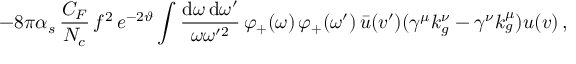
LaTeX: - 8 \pi \alpha _ { s } \, \frac { C _ { F } } { N _ { c } } \, f ^ { 2 } \, e ^ { - 2 \vartheta } \int \frac { \mathrm { d } \omega \, \mathrm { d } \omega ^ { \prime } } { \omega \omega ^ { \prime 2 } } \, \varphi _ { + } ( \omega ) \, \varphi _ { + } ( \omega ^ { \prime } ) \, \bar { u } ( v ^ { \prime } ) ( \gamma ^ { \mu } k _ { g } ^ { \nu } - \gamma ^ { \nu } k _ { g } ^ { \mu } ) u ( v ) \, ,